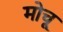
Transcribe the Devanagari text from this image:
मोचू